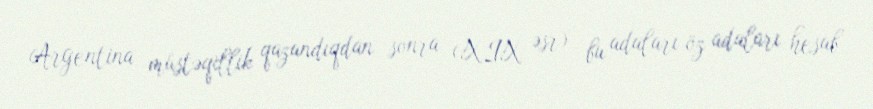
Argentina müstəqillik qazandıqdan sonra (XIX əsr) bu adaları öz adaları hesab